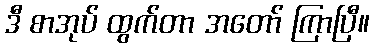
ဒီ စာအုပ် ထွက်တာ အတော် ကြာပြီ။